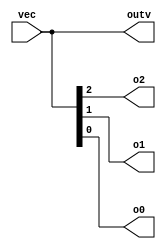
module top_module ( 
    input wire [2:0] vec,
    output wire [2:0] outv,
    output wire o2,
    output wire o1,
    output wire o0  ); // Module body starts after module declaration
    assign outv = vec;  //don't forget output wire outv
    assign o0 = vec[0];
    assign o1 = vec[1];
    assign o2 = vec[2];
endmodule